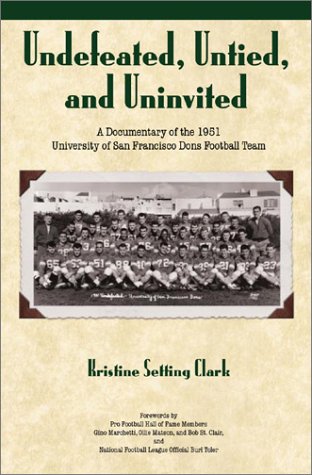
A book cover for Undefeated, Untied, and Uninvited; Kristine Setting Clark; Sports & Outdoors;